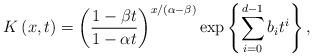
LaTeX: \begin{align*}K\left( x,t\right) =\left( \frac{1-\beta t}{1-\alpha t}\right) ^{x/(\alpha-\beta) }\exp \left\{ \sum_{i=0}^{d-1}b_{i}t^{i}\right\} ,\end{align*}